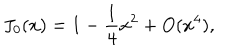
LaTeX: J _ { 0 } ( x ) = 1 - \frac { 1 } { 4 } x ^ { 2 } + O ( x ^ { 4 } ) ,